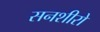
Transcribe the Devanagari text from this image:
सनशीरो